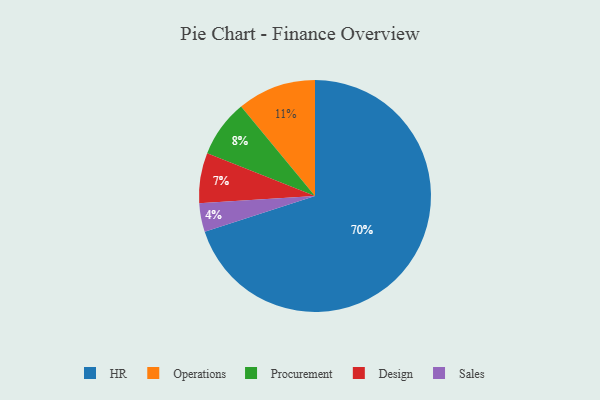
{"axis": {"x": "Category", "y": "Percentage"}, "legend": ["Design", "HR", "Operations", "Procurement", "Sales"], "data": [{"x": "Design", "y": 7, "type": "Design"}, {"x": "Sales", "y": 4, "type": "Sales"}, {"x": "Procurement", "y": 8, "type": "Procurement"}, {"x": "Operations", "y": 11, "type": "Operations"}, {"x": "HR", "y": 70, "type": "HR"}]}